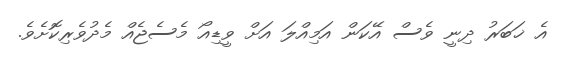
އެ ޚަބަރު ދިނީ ވެސް އޭކަން އަމިއްލަ އަށް ވީޑިއޯ މެސެޖެއް މެދުވެރިކޮށެވެ.